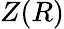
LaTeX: Z(R)